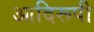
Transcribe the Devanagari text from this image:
आदिरूपी